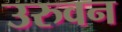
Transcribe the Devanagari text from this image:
उरुवन